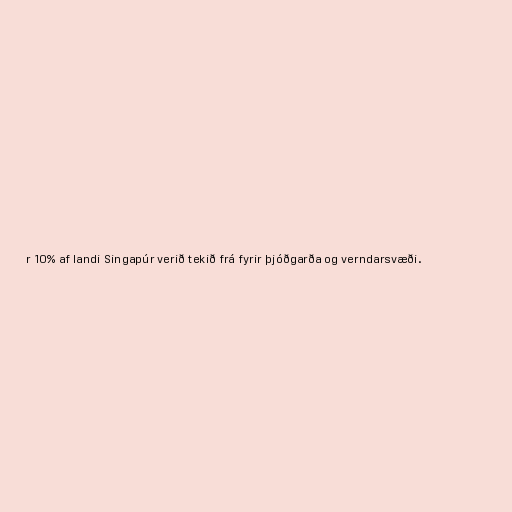
r 10% af landi Singapúr verið tekið frá fyrir þjóðgarða og verndarsvæði.